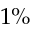
1 \%